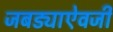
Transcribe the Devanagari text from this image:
जबड्याऐवजी